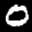
Label: 0